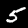
Digit: 5